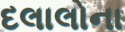
દલાલોના